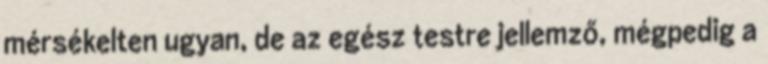
mérsékelten ugyan, de az egész testre jellemző, mégpedig a